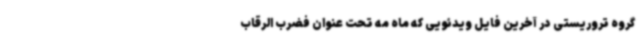
گروه تروریستی در آخرین فایل ویدئویی که ماه مه تحت عنوان فضرب الرقاب